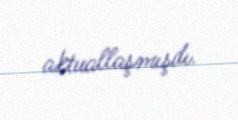
aktuallaşmışdı.